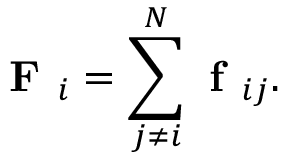
\textbf { F } _ { i } = \sum _ { j \neq i } ^ { N } \textbf { f } _ { i j } .